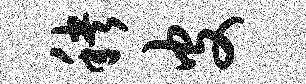
秧皮